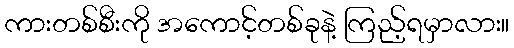
ကားတစ်စီးကို အကောင့်တစ်ခုနဲ့ ကြည့်ရမှာလား။